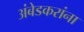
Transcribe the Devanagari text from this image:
अंबेडकरांना